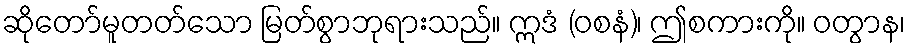
ဆိုတော်မူတတ်သော မြတ်စွာဘုရားသည်။ ဣဒံ (ဝစနံ)၊ ဤစကားကို။ ဝတွာန၊